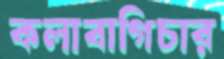
কলাবাগিচার